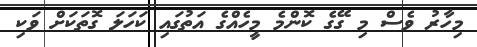
މިހާރު ވެސް މި ގޭގެ ކޮންމެ މީހެއްގެ އަތުގައި ކަހަލަ ގޮތަކަށް ވަކި